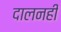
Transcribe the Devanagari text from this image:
दालनही